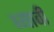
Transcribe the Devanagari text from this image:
घ्‍यावी